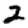
Digit: 2